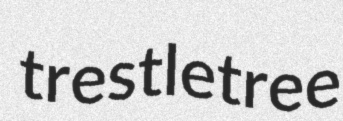
trestletree